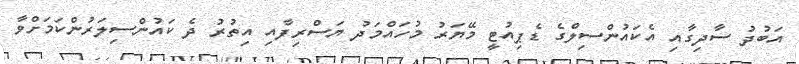
އަބުދު ސާދިގާއި އެކައުންސިލްގެ ޑެޕިއުޓީ މޭޔަރު މުހައްމަދު ޔަސްރިފާއި އިތުރު ދެ ކައުންސިލަރުންކަމަށްވާ